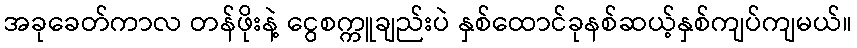
အခုခေတ်ကာလ တန်ဖိုးနဲ့ ငွေစက္ကူချည်းပဲ နှစ်ထောင်ခုနစ်ဆယ့်နှစ်ကျပ်ကျမယ်။